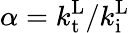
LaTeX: \alpha=k_{\mathrm{t}}^{\mathrm{L}}/k_{\mathrm{i}}^{\mathrm{L}}